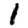
Digit: 1